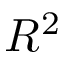
R ^ { 2 }